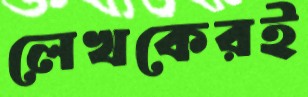
লেখকেরই